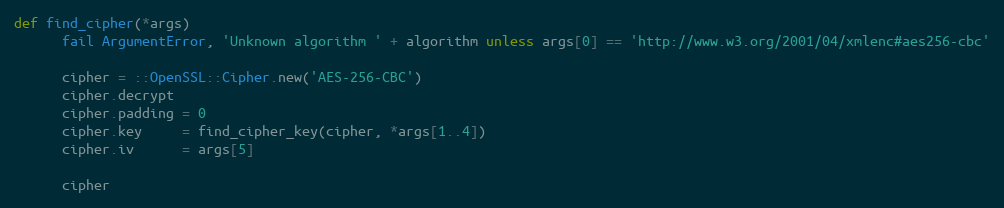
Language: Ruby
def find_cipher(*args)
      fail ArgumentError, 'Unknown algorithm ' + algorithm unless args[0] == 'http://www.w3.org/2001/04/xmlenc#aes256-cbc'

      cipher = ::OpenSSL::Cipher.new('AES-256-CBC')
      cipher.decrypt
      cipher.padding = 0
      cipher.key     = find_cipher_key(cipher, *args[1..4])
      cipher.iv      = args[5]

      cipher